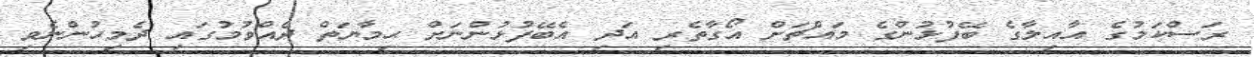
ރަސްކަމުގެ އާއިލާގެ ބޭފުޅުންގެ މައްޗަށް އޯގާތެރި އަދި އެބޭފުޅުންނަށް ޙިމާޔަތް ދެއްވުމުގައި ދެމިހުންނެވި